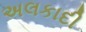
અલકાદી